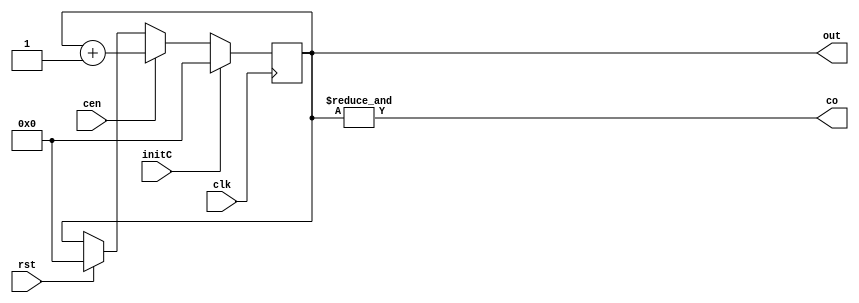
`timescale 1ns/1ns
module Counter(
    input clk, rst, initC, cen,
    output reg[3:0] out, output co);

    always @(posedge clk) begin
        if(rst)
          out <= 3'b0;
        if(cen)
          out <= out + 1;
        if(initC)
          out <= 3'b0;
    end
    assign co = &out;
endmodule